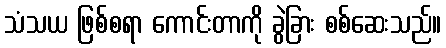
သံသယ ဖြစ်စရာ ကောင်းတာကို ခွဲခြား စစ်ဆေးသည်။